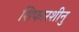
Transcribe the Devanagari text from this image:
शिफारशीनु